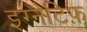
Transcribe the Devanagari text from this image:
इग्नैटिफ़